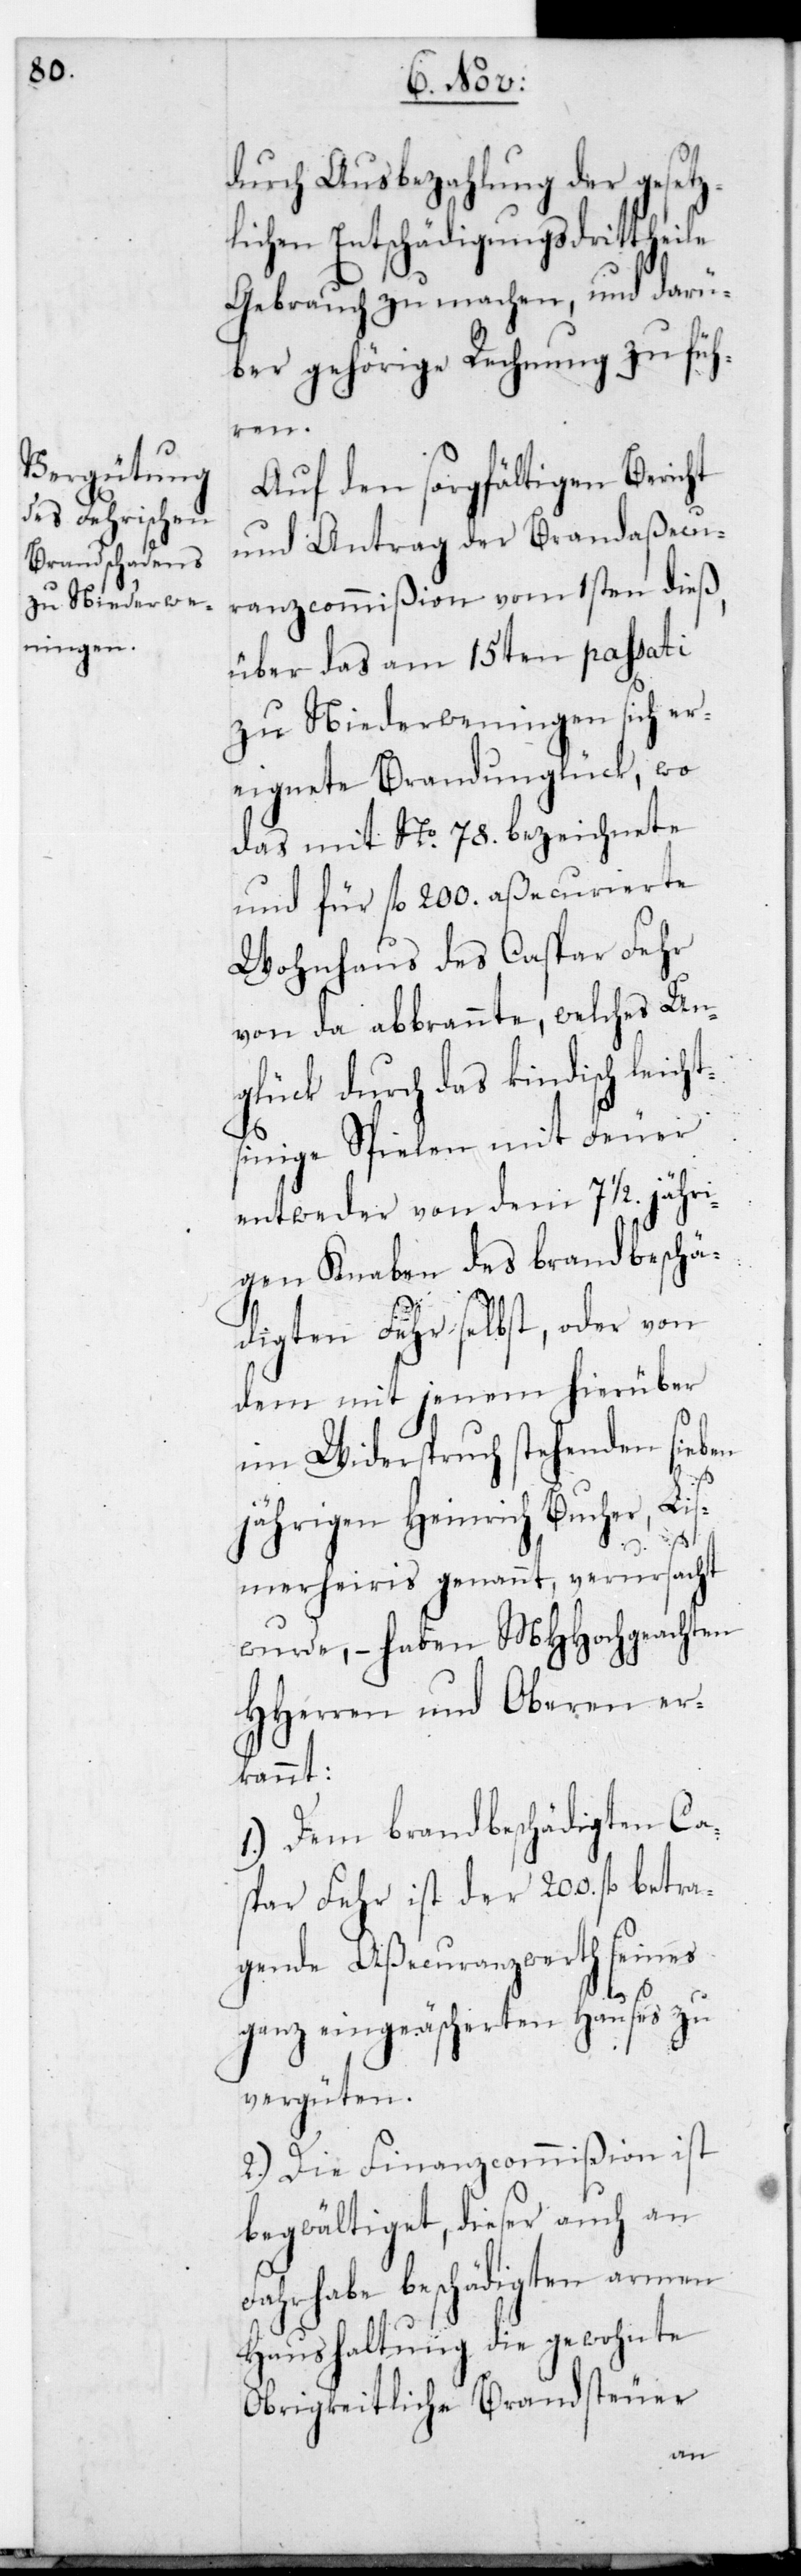
durch Ausbezahlung der gesetz¬
lichen Entschädigungs-Drittthe¬
Gebrauch zu machen, und darü¬
ber gehörige Rechnung zu füh¬
ren.
Auf den sorgfältigen Bericht
und Antrag der Brandaßecu¬
ranzcommißion vom 1sten dieß,
über das am 15ten passati
zu Niederweningen sich er¬
eignete Brandunglück, wo
das mit No 78. bezeichnete
und für fl. 200. aßecurierte
Wohnhaus des Caspar Fehr
von da abbrannte, welches Un¬
glück durch das kindisch le¬
nige Spielen mit
entweder von dem 7 1/2. jähr¬
schä¬
igen Knaben des b¬
digten Fehr selbst,
dem mit jenem
sieb¬
im Widerspruch stehend¬
jährigen Heinrich Buc¬
Lis¬
merheiris genannt, verursacht
achten
wurde, – haben MHHoch¬
HHerren und Oberen er¬
kannt:
1.) Dem brandbeschädigten Ca¬
spar Fehr ist der 200. fl. betra¬
gende Aßecuranzwert seines
ganz eingeäschereten Hauses zu
vergüten.
2.) Die Finanzcommißion ist
begwältiget, dieser auch an
Fahrhabe beschädigten armen
Haushaltung die gewohnte
Obrigkeitliche Brandsteuer
ge¬